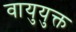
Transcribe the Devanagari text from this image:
वायुयुक्त